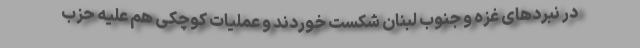
در نبردهای غزه و جنوب لبنان شکست خوردند و عملیات کوچکی هم علیه حزب